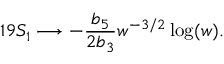
1 9 S _ { 1 } \longrightarrow - \frac { b _ { 5 } } { 2 b _ { 3 } } w ^ { - 3 / 2 } \log ( w ) .